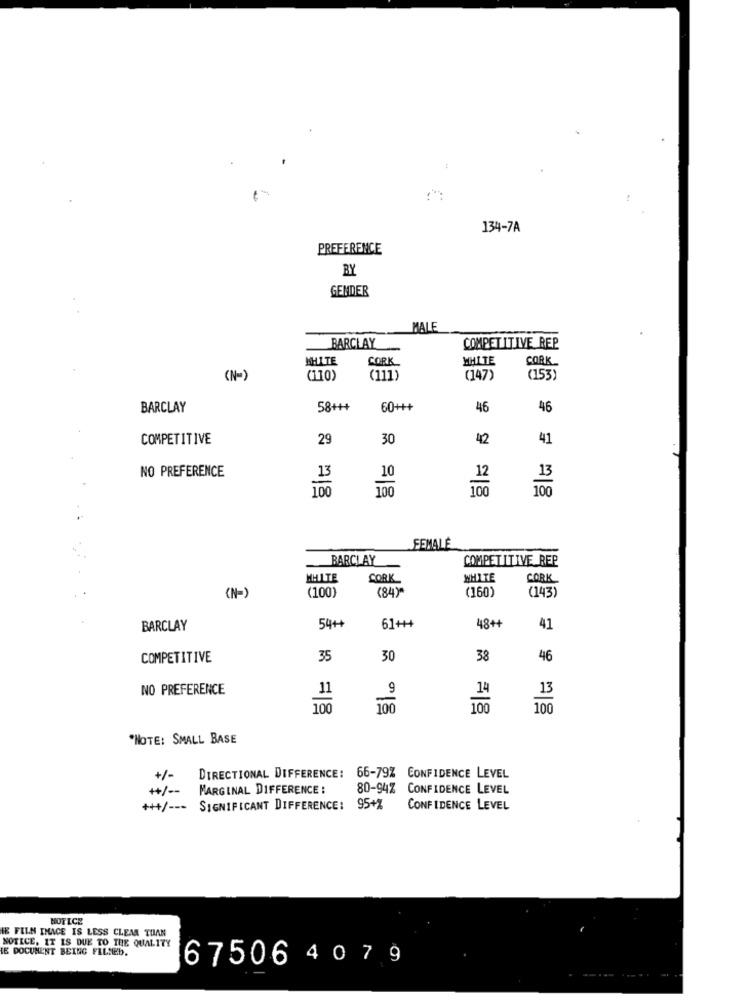
-44
134-7A
PREFERENCE
BY
GENDER
MALE
BARCLAY
COMPETITIVE REP
WHITE
CORK
WHITE
CORK
(N-)
(110)
(111)
(147)
(153)
BARCLAY
58+++
60+++
46
46
COMPETITIVE
29
30
42
41
NO PREFERENCE
13
10
1.00
100
100
FEMALE
BARCLAY
COMPETITIVE REP
MHLTE
CORK
WHITE
CORK
(84)
(160)
(N-
(100)
(143)
BARCLAY
54++
61+++
48++
41
COMPETITIVE
35
30
38
46
NO PREFERENCE
13
100
100
100
100
"NOTE: SMALL BASE
+/-
DIRECTIONAL DIFFERENCE: 66-79% CONFIDENCE LEVEL
++/ --
MARGINAL DIFFERENCE :
80-94% CONFIDENCE LEVEL
+++/ --- SIGNIFICANT DIFFERENCE: 95+%
CONFIDENCE LEVEL
NOTICE
HE FILM INACE IS LESS CLEAR TUAN
NOTICE. IT IS DUE TO THE QUALITY
TE DOCUMENT BEING FILSEb.
67506 4 07 9